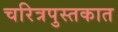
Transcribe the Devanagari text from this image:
चरित्रपुस्तकात